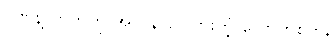
ဂုဏ်နဲ့လာဘ်ကို အလွန်လို လားတဲ့ လောဘစိတ်,